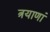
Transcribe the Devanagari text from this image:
त्रयाणां